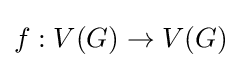
f:V(G)\rightarrow V(G)